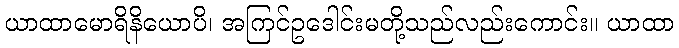
ယာထာမောရိနိယောပိ၊ အကြင်ဥဒေါင်းမတို့သည်လည်းကောင်း။ ယာထာ